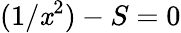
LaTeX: (1/\mathit{x}^{2})-S=0